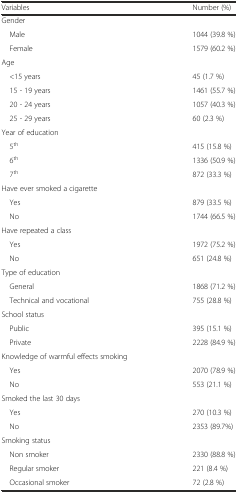
<table><thead><tr><td><b>Variables</b></td><td><b>Number (%)</b></td></tr></thead><tbody><tr><td>Gender</td><td></td></tr><tr><td> Male</td><td>1044 (39.8 %)</td></tr><tr><td> Female</td><td>1579 (60.2 %)</td></tr><tr><td>Age</td><td></td></tr><tr><td> &lt;15 years</td><td>45 (1.7 %)</td></tr><tr><td> 15 - 19 years</td><td>1461 (55.7 %)</td></tr><tr><td> 20 - 24 years</td><td>1057 (40.3 %)</td></tr><tr><td> 25 - 29 years</td><td>60 (2.3 %)</td></tr><tr><td>Year of education</td><td></td></tr><tr><td> 5<sup>th</sup></td><td>415 (15.8 %)</td></tr><tr><td> 6<sup>th</sup></td><td>1336 (50.9 %)</td></tr><tr><td> 7<sup>th</sup></td><td>872 (33.3 %)</td></tr><tr><td>Have ever smoked a cigarette</td><td></td></tr><tr><td> Yes</td><td>879 (33.5 %)</td></tr><tr><td> No</td><td>1744 (66.5 %)</td></tr><tr><td>Have repeated a class</td><td></td></tr><tr><td> Yes</td><td>1972 (75.2 %)</td></tr><tr><td> No</td><td>651 (24.8 %)</td></tr><tr><td>Type of education</td><td></td></tr><tr><td> General</td><td>1868 (71.2 %)</td></tr><tr><td> Technical and vocational</td><td>755 (28.8 %)</td></tr><tr><td>School status</td><td></td></tr><tr><td> Public</td><td>395 (15.1 %)</td></tr><tr><td> Private</td><td>2228 (84.9 %)</td></tr><tr><td>Knowledge of warmful effects smoking</td><td></td></tr><tr><td> Yes</td><td>2070 (78.9 %)</td></tr><tr><td> No</td><td>553 (21.1 %)</td></tr><tr><td>Smoked the last 30 days</td><td></td></tr><tr><td> Yes</td><td>270 (10.3 %)</td></tr><tr><td> No</td><td>2353 (89.7%)</td></tr><tr><td>Smoking status</td><td></td></tr><tr><td> Non smoker</td><td>2330 (88.8 %)</td></tr><tr><td> Regular smoker</td><td>221 (8.4 %)</td></tr><tr><td> Occasional smoker</td><td>72 (2.8 %)</td></tr></tbody></table>